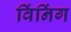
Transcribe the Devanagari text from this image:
विंनिंग